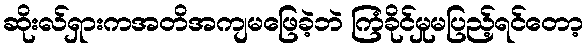
ဆိုးလ်ရှားကအတိအကျမဖြေခဲ့ဘဲ ကြံခိုင်မှုမပြည့်ရင်တော့